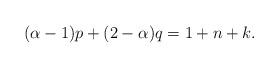
LaTeX: \begin{align*}(\alpha-1)p+(2-\alpha)q=1+n+k.\end{align*}